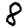
Digit: 8